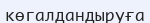
көгалдандыруға